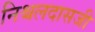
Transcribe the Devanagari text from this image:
निश्चलदासजी